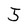
Character: 5